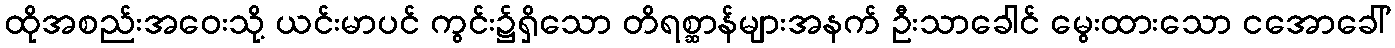
ထိုအစည်းအဝေးသို့ ယင်းမာပင် ကွင်း၌ရှိသော တိရစ္ဆာန်များအနက် ဦးသာခေါင် မွေးထားသော ငအောခေါ်